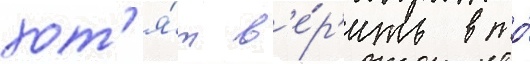
хот'я́т в'е́р'ить в то́